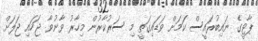
ޕާޓީގެ ނައިބުރައީސް ކަމަށް ވަޑައިގަތީ މި ސަރުކާރުން މިހާރު ވާނުވާ ޖަހައި ޖަލަށް